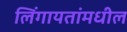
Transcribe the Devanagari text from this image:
लिंगायतांमधील